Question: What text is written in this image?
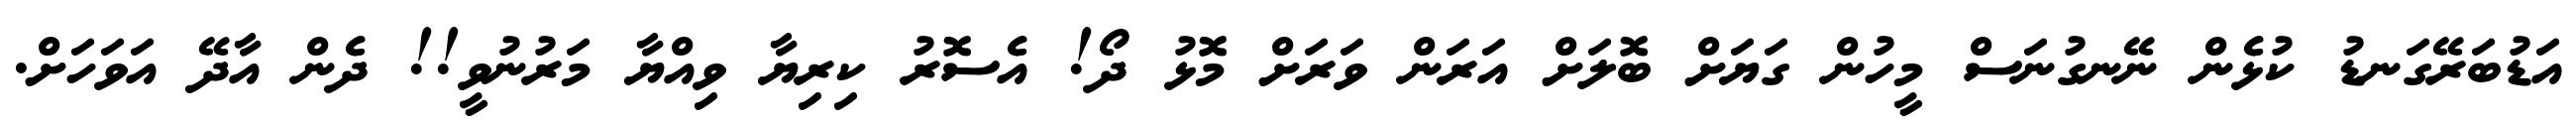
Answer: އަޑުބަރޭގަނޑު ކުޅެން ނޭނގުނަސް މީހުން ގަޔަށް ބޮލަށް އަރަން ވަރަށް މޮޅު ދޯ! އެސޮރު ކިރިޔާ ވިއްޔާ މަރުނުވީ!! ދެން އާދޭ އަވަހަށް.